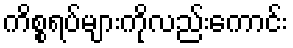
ကိစ္စရပ်များကိုလည်းကောင်း